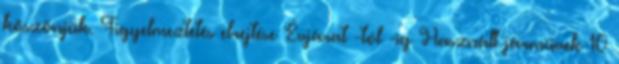
köszönjük. Figyelmeztetés elrejtése Évjárat -tól -ig Használt járművek 10